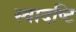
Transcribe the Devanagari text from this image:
स्वादष्टि